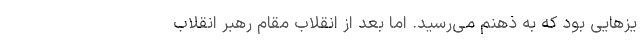
یزهایی بود که به ذهنم می‌رسید. اما بعد از انقلاب مقام رهبر انقلاب